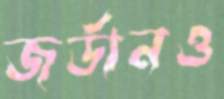
জর্ডানও